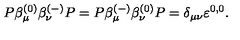
P \beta _ { \mu } ^ { ( 0 ) } \beta _ { \nu } ^ { ( - ) } P = P \beta _ { \mu } ^ { ( - ) } \beta _ { \nu } ^ { ( 0 ) } P = \delta _ { \mu \nu } \varepsilon ^ { 0 , 0 } .